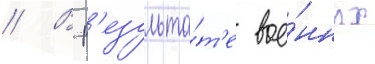
// В р'езульта́т'е вое́нных